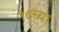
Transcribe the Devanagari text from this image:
१८च्या